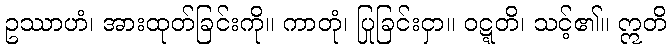
ဥဿာဟံ၊ အားထုတ်ခြင်းကို။ ကာတုံ၊ ပြုခြင်းငှာ။ ဝဋ္ဋတိ၊ သင့်၏။ ဣတိ